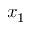
x _ { 1 }